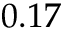
0 . 1 7